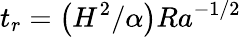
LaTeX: t_{r}=\left(H^{2}/\alpha\right)Ra^{-1/2}